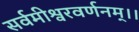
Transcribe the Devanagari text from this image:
सर्वमीश्वरवर्णनम्।।